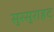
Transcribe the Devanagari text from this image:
सुरसुराहट